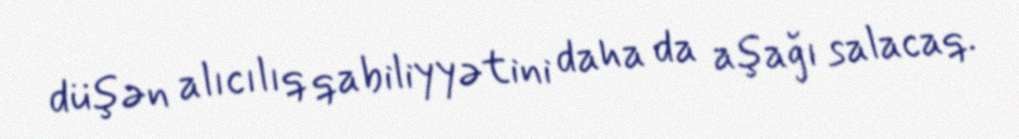
düşən alıcılıq qabiliyyətini daha da aşağı salacaq.